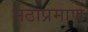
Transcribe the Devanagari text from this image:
मठाप्रमाणे